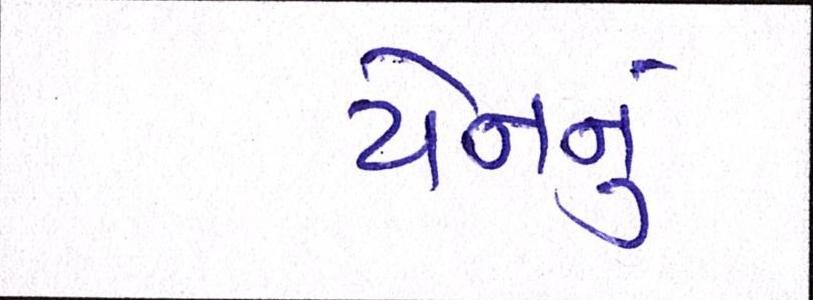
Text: યેનનું